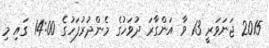
2015 ޖަނަވަރީ 13 ވާ އަންގާރަ ދުވަހުގެ މެންދުރުފަހުގެ 14:00 ގައި މި